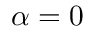
\alpha = 0